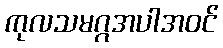
ကုလသမဂ္ဂအပါအဝင်